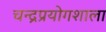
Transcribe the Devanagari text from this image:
चन्द्रप्रयोगशाला